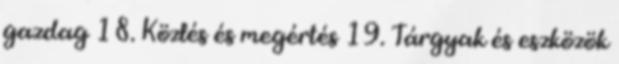
gazdag 18. Közlés és megértés 19. Tárgyak és eszközök